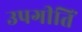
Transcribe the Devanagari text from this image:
उपगीतिं